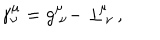
LaTeX: \gamma _ { \nu } ^ { \mu } = g _ { \ \nu } ^ { \mu } - \perp _ { \, \nu } ^ { \! \mu } \, ,